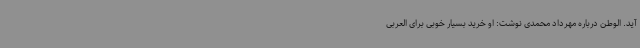
آید. الوطن درباره مهرداد محمدی نوشت: او خرید بسیار خوبی برای العربی